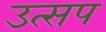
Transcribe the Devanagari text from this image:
उत्सप